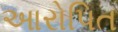
આરોપિત